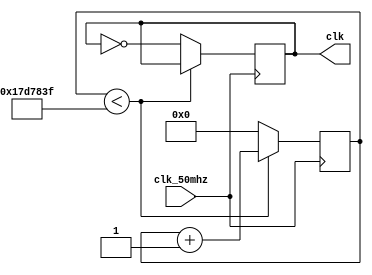
module clk_1hz(clk_50mhz, clk);

	input clk_50mhz;
	output clk;
	
	reg [24:0] count_reg = 0;
	reg clk = 0;

	always @(posedge clk_50mhz) begin
		if (count_reg < 24999999)
			count_reg <= count_reg + 1;
		else begin
			count_reg <= 0;
			clk <= ~clk;
		end
	end
endmodule